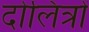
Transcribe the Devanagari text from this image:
दोलित्रों